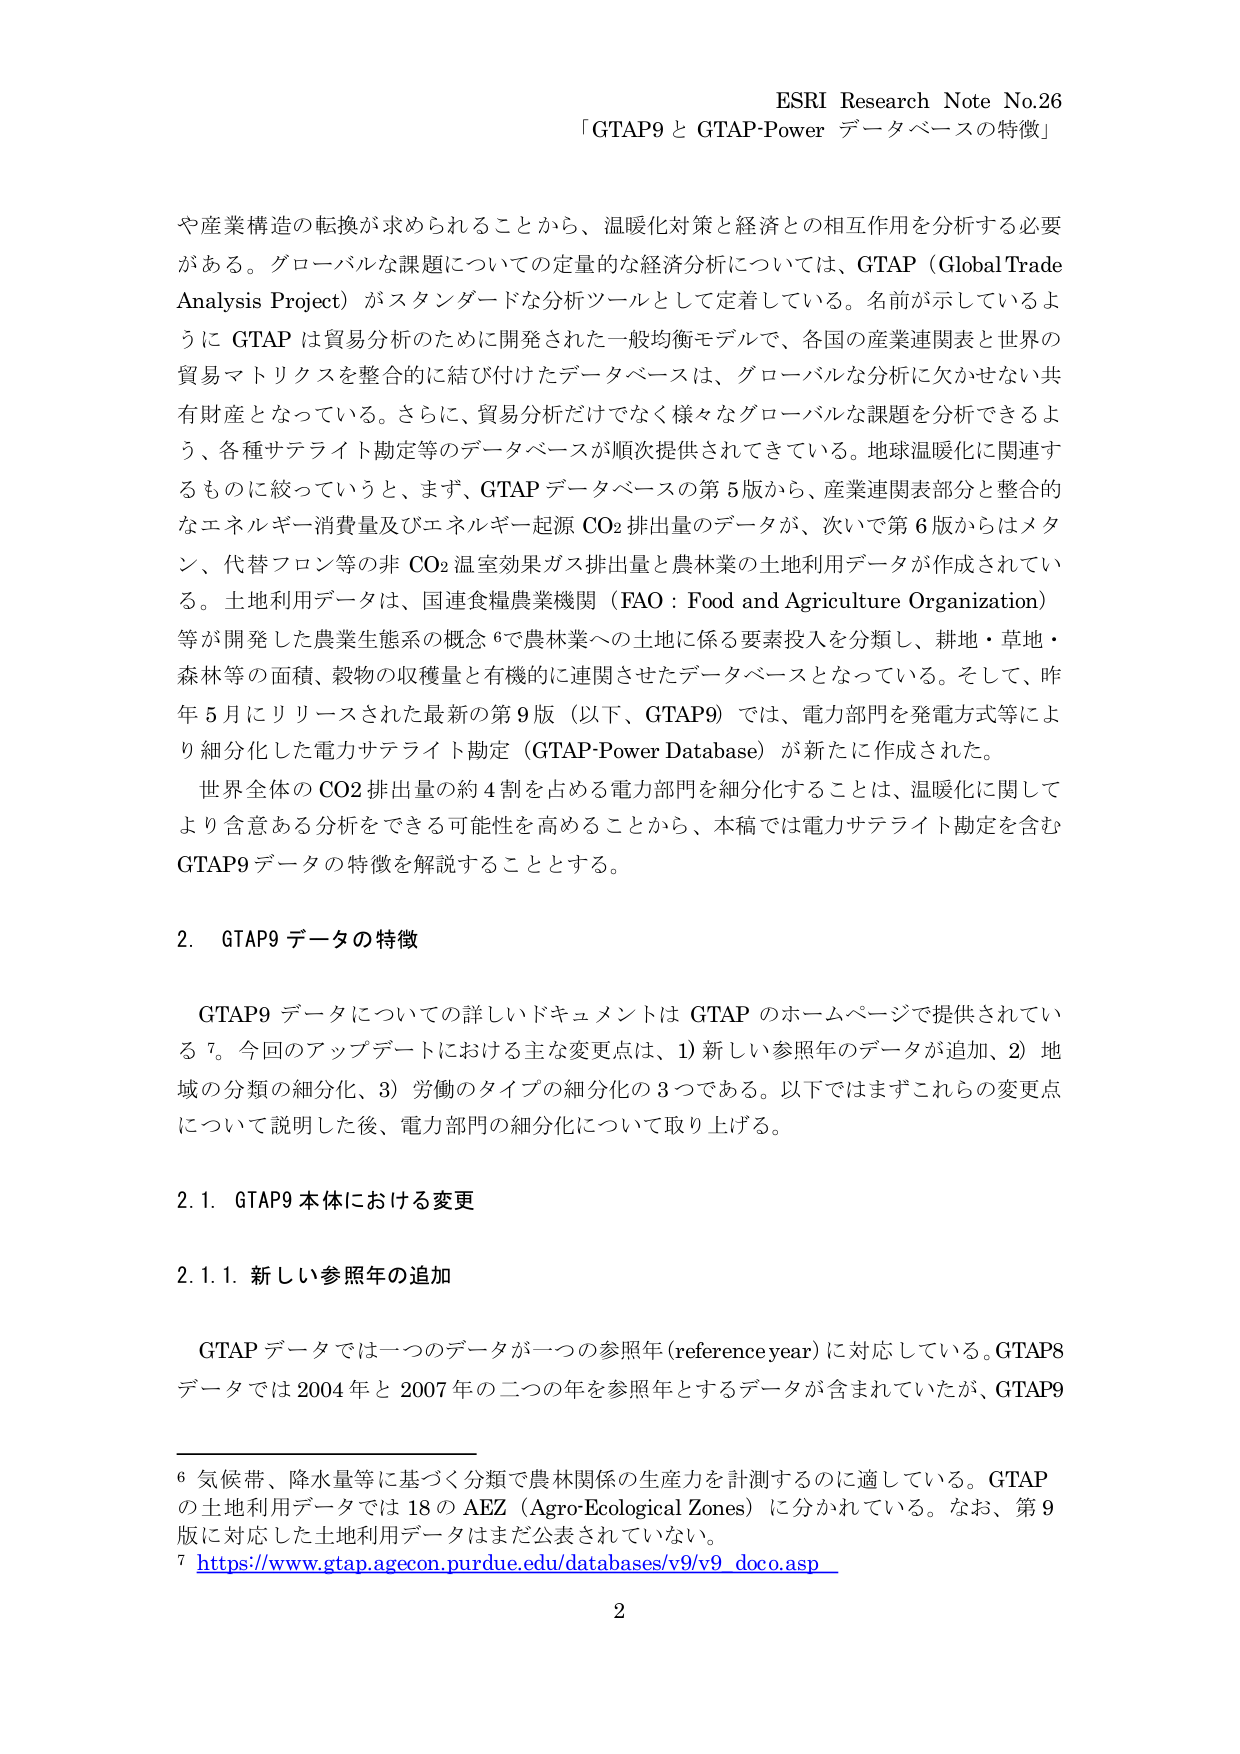
ESRI Research Note No.26
「GTAP9 と GTAP-Power データベースの特徴」

や産業構造の転換が求められることから、温暖化対策と経済との相互作用を分析する必要がある。グローバルな課題についての定量的な経済分析については、GTAP（Global Trade Analysis Project）がスタンダードな分析ツールとして定着している。名前が示しているように GTAP は貿易分析のために開発された一般均衡モデルで、各国の産業連関表と世界の貿易マトリクスを整合的に結び付けたデータベースは、グローバルな分析に欠かせない共有財産となっている。さらに、貿易分析だけでなく様々なグローバルな課題を分析できるよう、各種サテライト勘定等のデータベースが順次提供されてきている。地球温暖化に関連するものに絞っていこうと、まず、GTAP データベースの第 5 版から、産業連関表部分と整合的なエネルギー消費量及びエネルギー起源 CO₂ 排出量のデータが、次いで第 6 版からはメタン、代替フロン等の非 CO₂ 温室効果ガス排出量と農林業の土地利用データが作成されている。土地利用データは、国連食糧農業機関（FAO：Food and Agriculture Organization）等が開発した農業生態系の概念⁶で農林業への土地に係る要素投入を分類し、耕地・草地・森林等の面積、穀物の収穫量と有機的に連関させたデータベースとなっている。そして、昨年 5 月にリリースされた最新の第 9 版（以下、GTAP9）では、電力部門を発電方式等により細分化した電力サテライト勘定（GTAP-Power Database）が新たに作成された。

世界全体の CO₂ 排出量の約 4 割を占める電力部門を細分化することは、温暖化に関してより含意ある分析をできる可能性を高めることから、本稿では電力サテライト勘定を含む GTAP9 データの特徴を解説することとする。

2. GTAP9 データの特徴

GTAP9 データについての詳しいドキュメントは GTAP のホームページで提供されている⁷。今回のアップデートにおける主な変更点は、1）新しい参照年のデータが追加、2）地域の分類の細分化、3）労働のタイプの細分化の 3 つである。以下ではまずこれらの変更点について説明した後、電力部門の細分化について取り上げる。

2.1. GTAP9 本体における変更

2.1.1. 新しい参照年の追加

GTAP データでは一つのデータが一つの参照年（reference year）に対応している。GTAP8 データでは 2004 年と 2007 年の二つの年を参照年とするデータが含まれていたが、GTAP9

⁶ 気候帯、降水量等に基づく分類で農林関係の生産力を計測するのに適している。GTAP の土地利用データでは 18 の AEZ（Agro-Ecological Zones）に分かれている。なお、第 9 版に対応した土地利用データはまだ公表されていない。

⁷ https://www.gtap.agecon.purdue.edu/databases/v9/v9_doco.asp

2